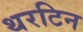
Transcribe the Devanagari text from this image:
थरटिन